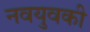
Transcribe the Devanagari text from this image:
नवयुवकी